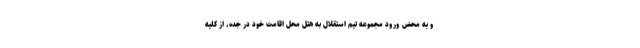
و به محض ورود مجموعه تیم استقلال به هتل محل اقامت خود در جده، از کلیه